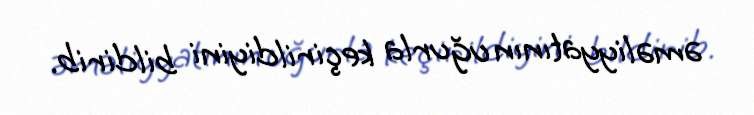
əməliyyatının uğurla keçirildiyini bildirib.